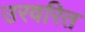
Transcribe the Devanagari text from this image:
उरवरित